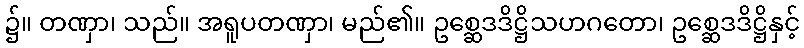
၌။ တဏှာ၊ သည်။ အရူပတဏှာ၊ မည်၏။ ဥစ္ဆေဒဒိဋ္ဌိသဟဂတော၊ ဥစ္ဆေဒဒိဋ္ဌိနှင့်